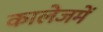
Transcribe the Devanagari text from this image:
कालेजमें